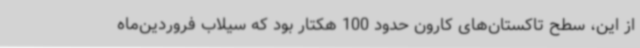
از این، سطح تاکستان‌های کارون حدود 100 هکتار بود که سیلاب فروردین‌ماه